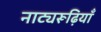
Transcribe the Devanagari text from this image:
नाट्यरूढ़ियाँ